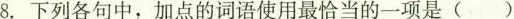
8. 下列各句中，加点的词语使用最恰当的一项是 ( )